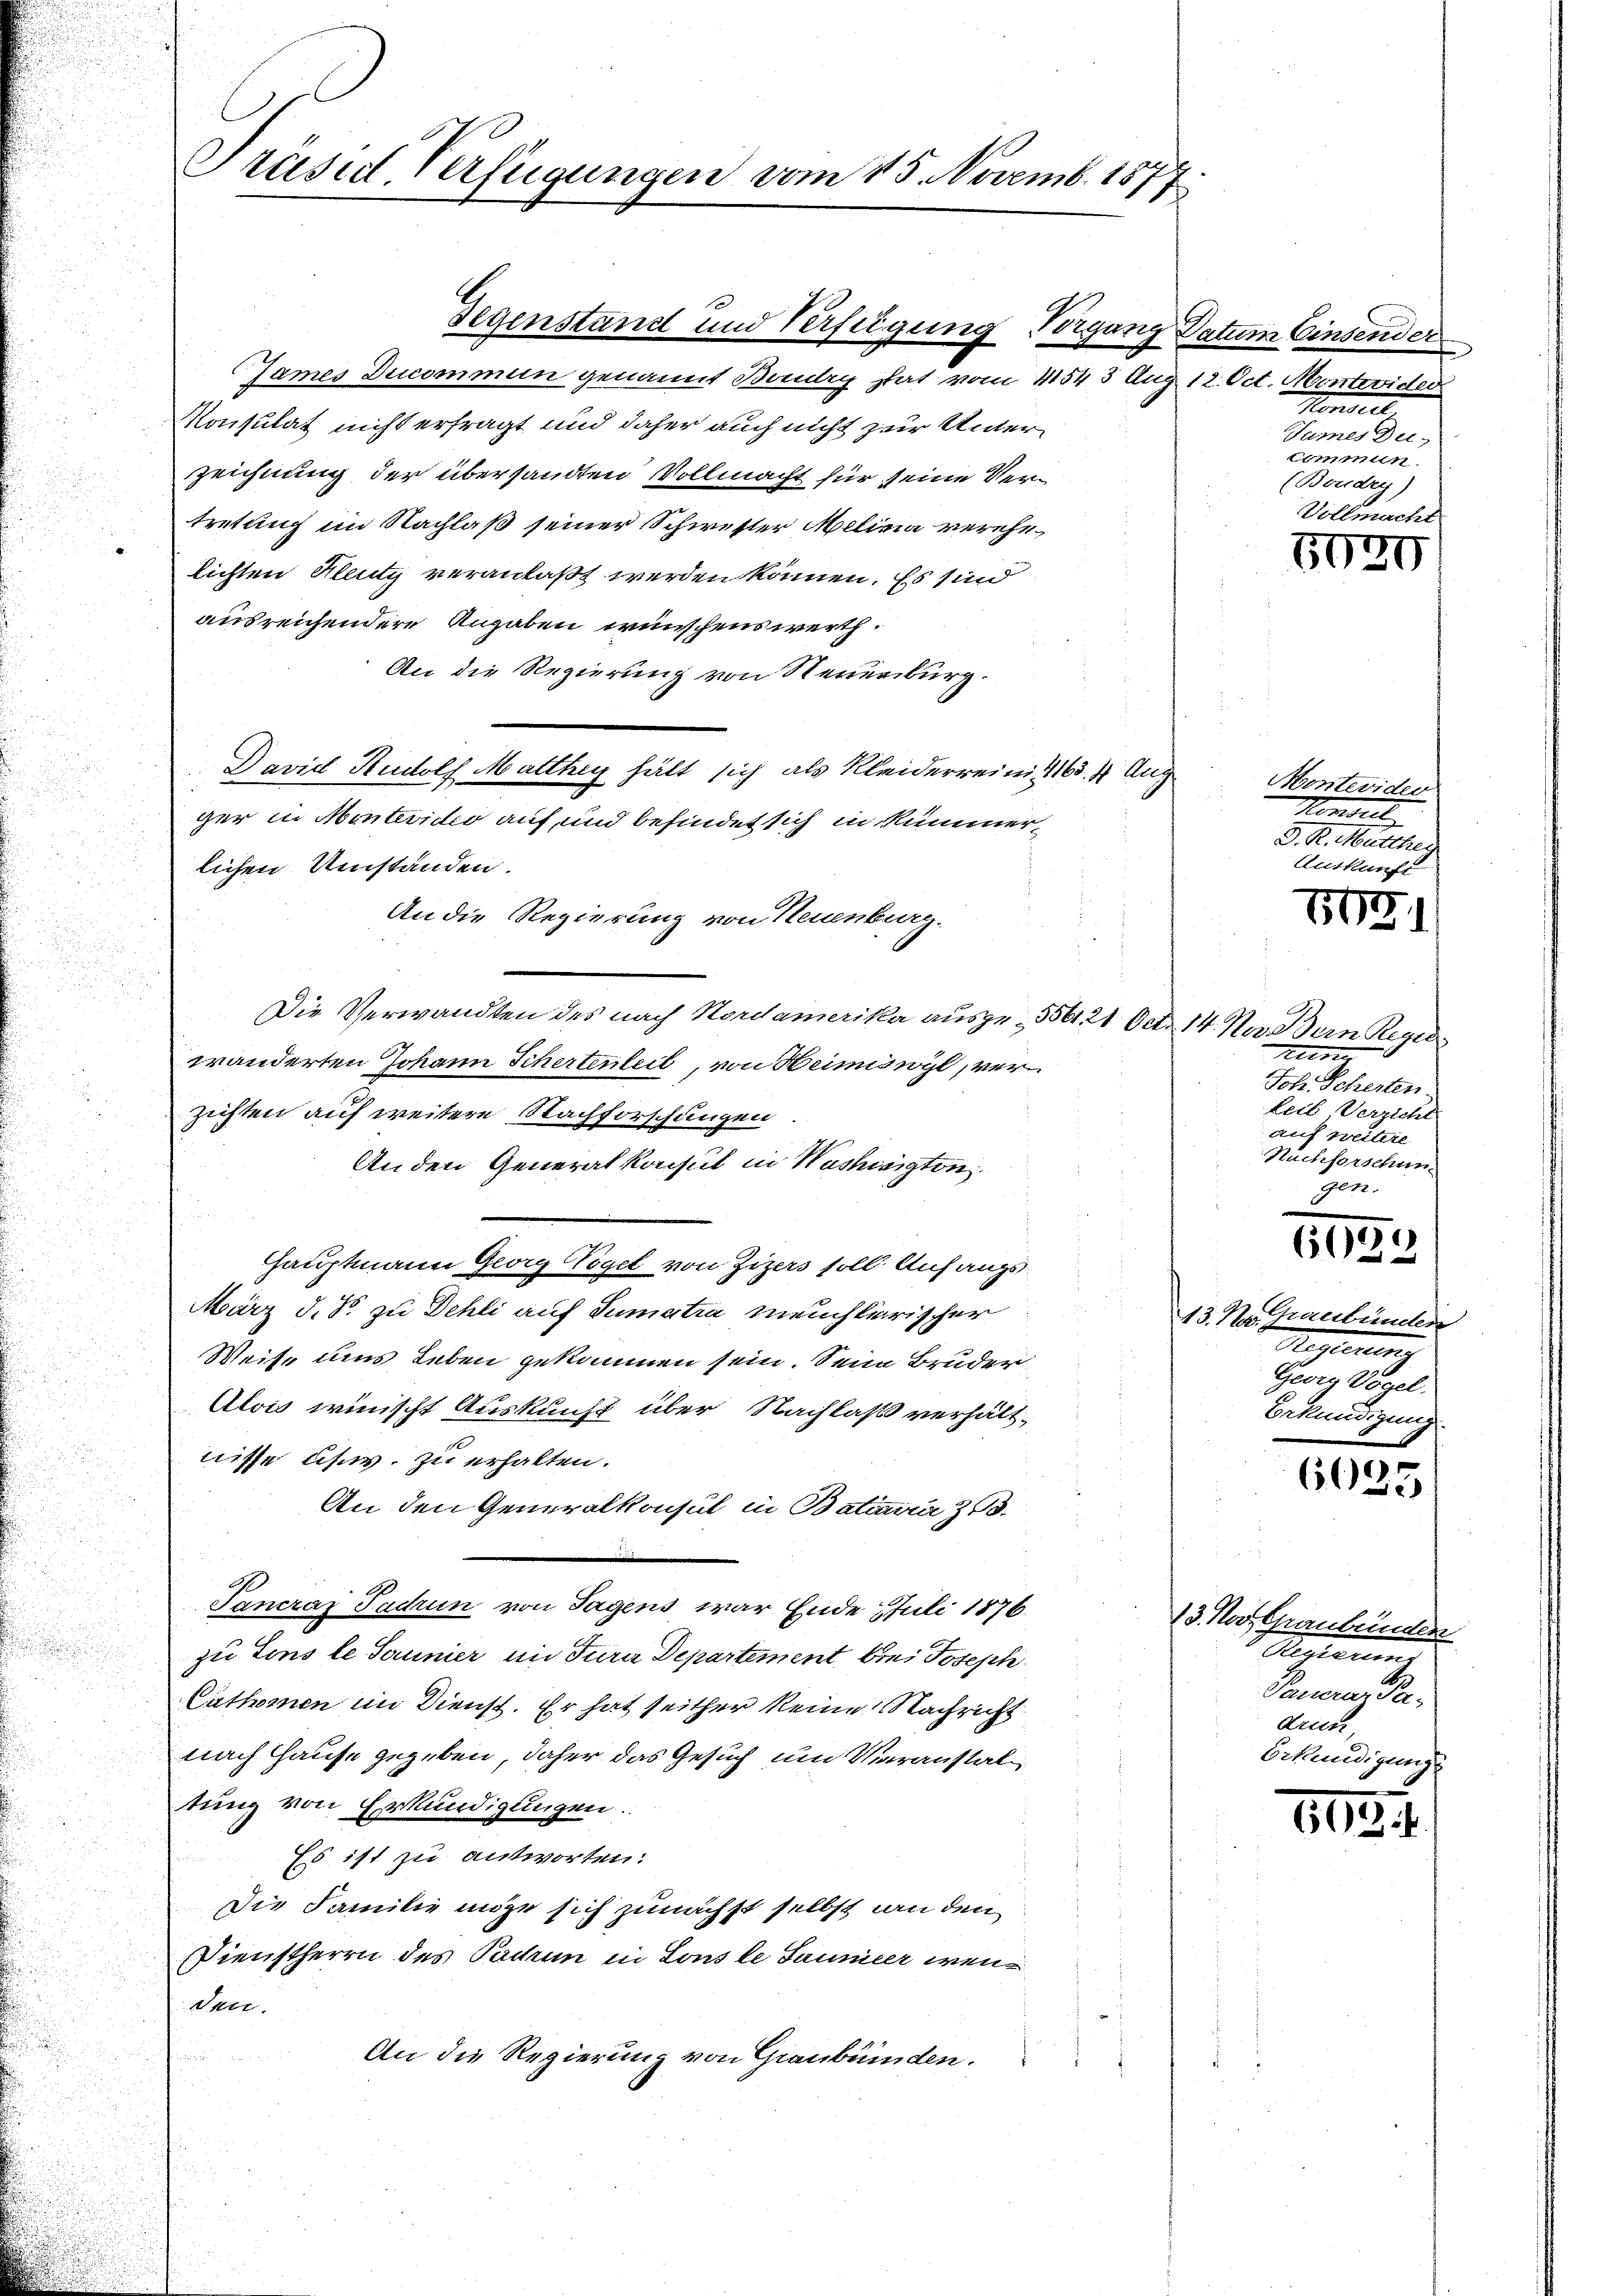
Präsid. Verfügungen vom 15. Novemb. 1877

James Ducommun genannt Baudry stat vom 11543 Aug. 12. Oct. Montevider
Konsulat nicht erfragt und daher auch nicht zur Unterzeichnung der übersandten Vollmacht für seine Vertretung im Nachlaß seiner Schwester Melina verehelichten Kleutz veranlaßt werden können. Es sind
ausreichendere Angaben wünschenswerth.
An die Regierung von Neuenburg.
David Rudolf Matthig hätt sich als Kleiderreini 165. 4 Aug
ger in Montevideo auf und befindet sich in Rümmerlichen Umständen.
An die Regierung von Neuenburg.
Die Verwandten des nach Nordamerika ausge- 556. 21 Oct. 14. Na, Bern Regie
wanderten Johann Schertenteil, von Heimiswyl, ver
zichten auf weitere Nachforschungen
An den Generalkonsul in Washington
Hauptmann Georg Vögel von Zizers soll Anfangs
März d. B. zu Dehli auf Sumatia meuchlerischer
Weise ums Leben gekommen sein. Seine Bruder
Alois wünscht Auskunft über Nachlaß verhältnisse usw. zu erhalten.
An den Generalkonsul in Batiania z.
A
Sancraz Sachen von Tagens war Ende Juli 1876
zu Tous le Jaunier im Jurie Departement bei Josephi
Cuthoren im Dienst. Er hat seither keine Nachricht
nach Hause gegeben, daher das Gesuch um Veranstal
tung von Erkundigungen.
Es ist zu antworten:
Die Familie möge sich zunächst selbst an den
Dienstherrn des Pachen in Lons le Saumer wenden.

An die Regierung von Graubünden.

Gegenstand und Verfügung Vorgang Datum Einsender

Hondert
Sames Die
Commun
(Boudry)

Vollmach
5030

Monteviden
Konsul
D. R. Mitthei
Auskun

109.

im
Joh. Scherten.
leil Verzicht
auf weitere
Nachforschun
gen.

5)
6

13. M. Graubünden
d
denen eine ge
Bekündigung.

6025

13. Nov. Graubünden
S
e
drum,
Erkundigung

865.